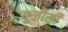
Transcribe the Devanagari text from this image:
यु़जीसी